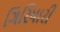
ગિરિધારી